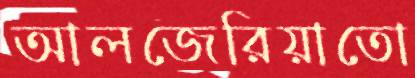
আলজেরিয়াতো